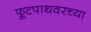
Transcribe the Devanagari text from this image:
फूटपाथवरच्या